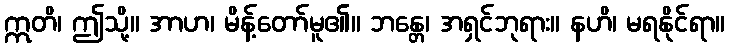
ဣတိ၊ ဤသို့။ အာဟ၊ မိန့်တော်မူ၏။ ဘန္တေ၊ အရှင်ဘုရား။ နဟိ၊ မရနိုင်ရာ။